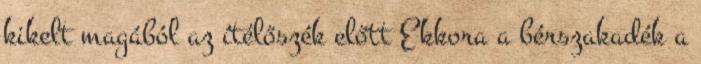
kikelt magából az ítélőszék előtt Ekkora a bérszakadék a